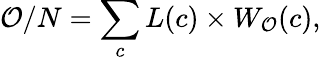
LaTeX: \mathcal{O}/N=\sum_{c}L(c)\times W_{\mathcal{O}}(c),